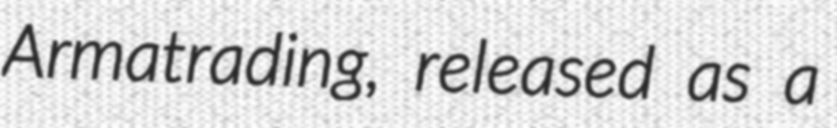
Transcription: Armatrading, released as a